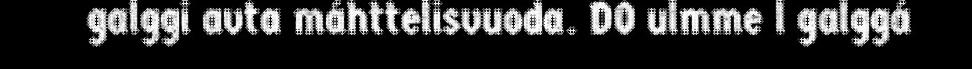
galggi avta máhttelisvuoda. DO ulmme l galggá